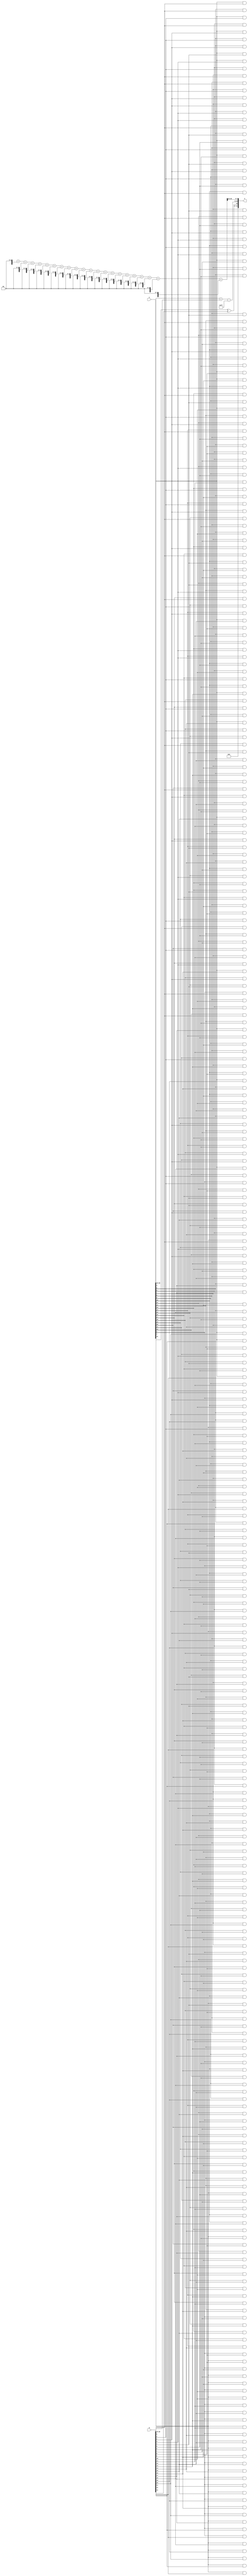
module FP_Wallace_Tree_Multiplier #(parameter E = 8, parameter M = 23)(
    input [E+M:0] A, // Floating Point Input 1
    input [E+M:0] B, // Floating Point Input 2
    output reg [E+M:0] P // Floating Point Output
);

    // IEEE 754 Fields
    wire signA = A[E + M]; // Sign bit of A
    wire signB = B[E + M]; // Sign bit of B
    wire [E-1:0] expA = A[E + M - 1:E + M - E]; // Exponent of A
    wire [E-1:0] expB = B[E + M - 1:E + M - E]; // Exponent of B
    wire [M-1:0] mantA = A[M-1:0]; // Mantissa of A
    wire [M-1:0] mantB = B[M-1:0]; // Mantissa of B

    // Prepare for multiplication
    wire [E + M - 1:0] mantA_full = {1'b1, mantA}; // Add implicit leading bit
    wire [E + M - 1:0] mantB_full = {1'b1, mantB}; // Add implicit leading bit

    // Partial product generation using a Wallace tree structure
    wire [2*M:0] partial_products[0:M-1]; // Array for partial products
    genvar i, j;

    // Generate partial products
    generate
        for (i = 0; i < M; i = i + 1) begin
            for (j = 0; j < M; j = j + 1) begin
                assign partial_products[i][j + i] = mantA_full[i] & mantB_full[j];
            end
        end
    endgenerate

    // Reduction tree to sum partial products (a simple version)
    wire [2*M+M-1:0] sum_stage[0:M-1]; // Intermediate sums
    wire [2*M+M-1:0] carry_stage[0:M-1]; // Carries 

    // Stage 1: Add partial products
    assign sum_stage[0] = {1'b0, partial_products[0]} + {partial_products[1], 1'b0}; // First two
    assign carry_stage[0] = {1'b0, partial_products[0]} & {partial_products[1], 1'b0};

    generate
        for (i = 2; i < M; i = i + 1) begin
            assign sum_stage[i] = sum_stage[i-1] + {partial_products[i], 2'b00}; // Adding next partial product
            assign carry_stage[i] = sum_stage[i-1] & {partial_products[i], 2'b00};
        end
    endgenerate

    // Exponent calculation
    wire [E:0] result_exp;
    wire [E-1:0] exp_bias = (1 << (E - 1)) - 1; // Bias for the exponent

    assign result_exp = expA + expB - exp_bias; // Result exponent

    // Sign calculation
    wire result_sign = signA ^ signB;

    // Final product assembling
    always @(*) begin
        P = {result_sign, result_exp[E-1:0], sum_stage[M-1][M + E - 1:M]}; // Result Sign, Exponent, Significand
    end

endmodule